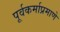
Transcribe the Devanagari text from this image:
पूर्वकर्माप्रमाणे